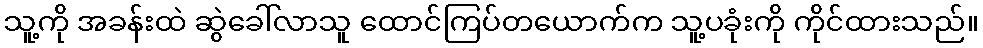
သူ့ကို အခန်းထဲ ဆွဲခေါ်လာသူ ထောင်ကြပ်တယောက်က သူ့ပခုံးကို ကိုင်ထားသည်။